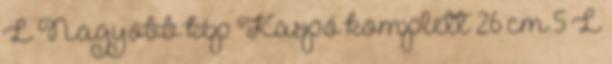
L Nagyobb kép Kaspó komplett 26 cm 5 L